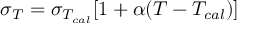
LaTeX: \sigma _ { T } = { \sigma _ { T _ { c a l } } [ 1 + \alpha ( T - T _ { c a l } ) ] }